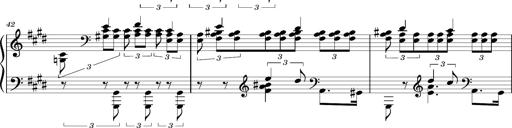
Title: PrÃ©ludes et Harmonies poÃ©tiques et religieuses
Composer: Franz Liszt